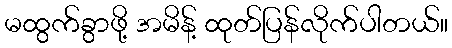
မထွက်ခွာဖို့ အမိန့် ထုတ်ပြန်လိုက်ပါတယ်။